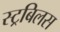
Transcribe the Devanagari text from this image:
स्ट्रबिलस